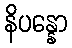
နိပန္နော